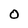
Character: O